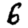
Digit: 6